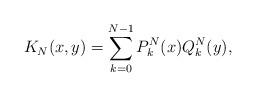
LaTeX: \begin{align*} K_N(x,y)= \sum_{k=0}^{N-1} P^N_k(x)Q^N_k(y) , \end{align*}